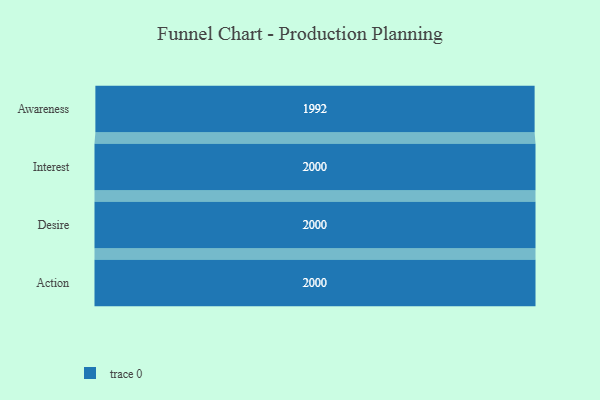
{"axis": {"x": "Stage", "y": "Value"}, "legend": [""], "data": [{"x": "Awareness", "y": 1992.0, "type": ""}, {"x": "Interest", "y": 2000, "type": ""}, {"x": "Desire", "y": 2000, "type": ""}, {"x": "Action", "y": 2000, "type": ""}]}